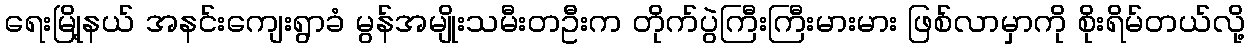
ရေးမြို့နယ် အနင်းကျေးရွာခံ မွန်အမျိုးသမီးတဦးက တိုက်ပွဲကြီးကြီးမားမား ဖြစ်လာမှာကို စိုးရိမ်တယ်လို့